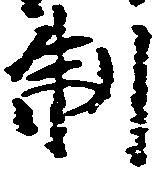
制